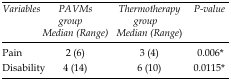
| Variables | PAVMs group Median (Range) | Thermotherapy group Median (Range) | P-value |
 | --- | --- | --- | --- |
 | Pain | 2 (6) | 3 (4) | 0.006* |
 | Disability | 4 (14) | 6 (10) | 0.0115* |